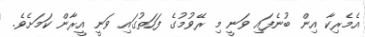
އެމެރިކާ އިން ބުނެފައި ވަނީ މި ރޭވުމުގެ ފަހަތުގައި ވަނީ އީރާން ކަމަށެވެ.